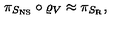
\pi _ { S _ { \mathrm { N S } } } \circ \varrho _ { V } \approx \pi _ { S _ { \mathrm { R } } } ,